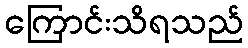
ကြောင်းသိရသည်